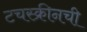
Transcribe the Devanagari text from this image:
टचस्क्रीनची